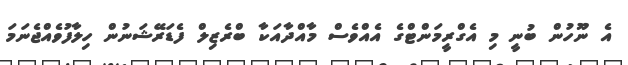
އެ ނޫހުން ބުނީ މި އެގްރީމަންޓްގެ އެއްވެސް މާއްދާއަކާ ބްރެޒިލް ފެޑަރޭޝަނުން ހިލާފުވެއްޖެނަމަ